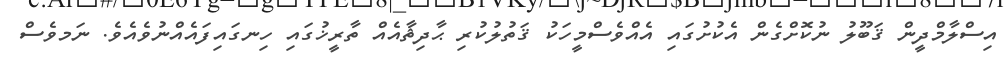
އިސްލާމްދީން ޤަބޫލު ނުކޮށްގެން އެކުށުގައި އެއްވެސްމީހަކު ޤަތުލުކުރި ޙާދިޘާއެއް ތާރީޚުގައި ހިނގައިފައެއްނުވެއެވެ. ނަމވެސް